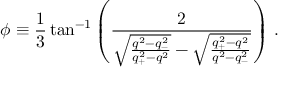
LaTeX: \phi \equiv \frac { 1 } { 3 } \tan ^ { - 1 } \left( \frac { 2 } { \sqrt { \frac { q ^ { 2 } - q _ { - } ^ { 2 } } { q _ { + } ^ { 2 } - q ^ { 2 } } } - \sqrt { \frac { q _ { + } ^ { 2 } - q ^ { 2 } } { q ^ { 2 } - q _ { - } ^ { 2 } } } } \right) \, .